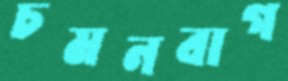
চমনবাগ